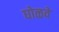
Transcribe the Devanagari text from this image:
घोळवें